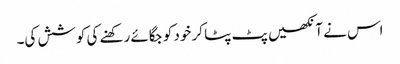
اس نے آنکھیں پٹ پٹا کر خود کو جگائے رکھنے کی کوشش کی۔